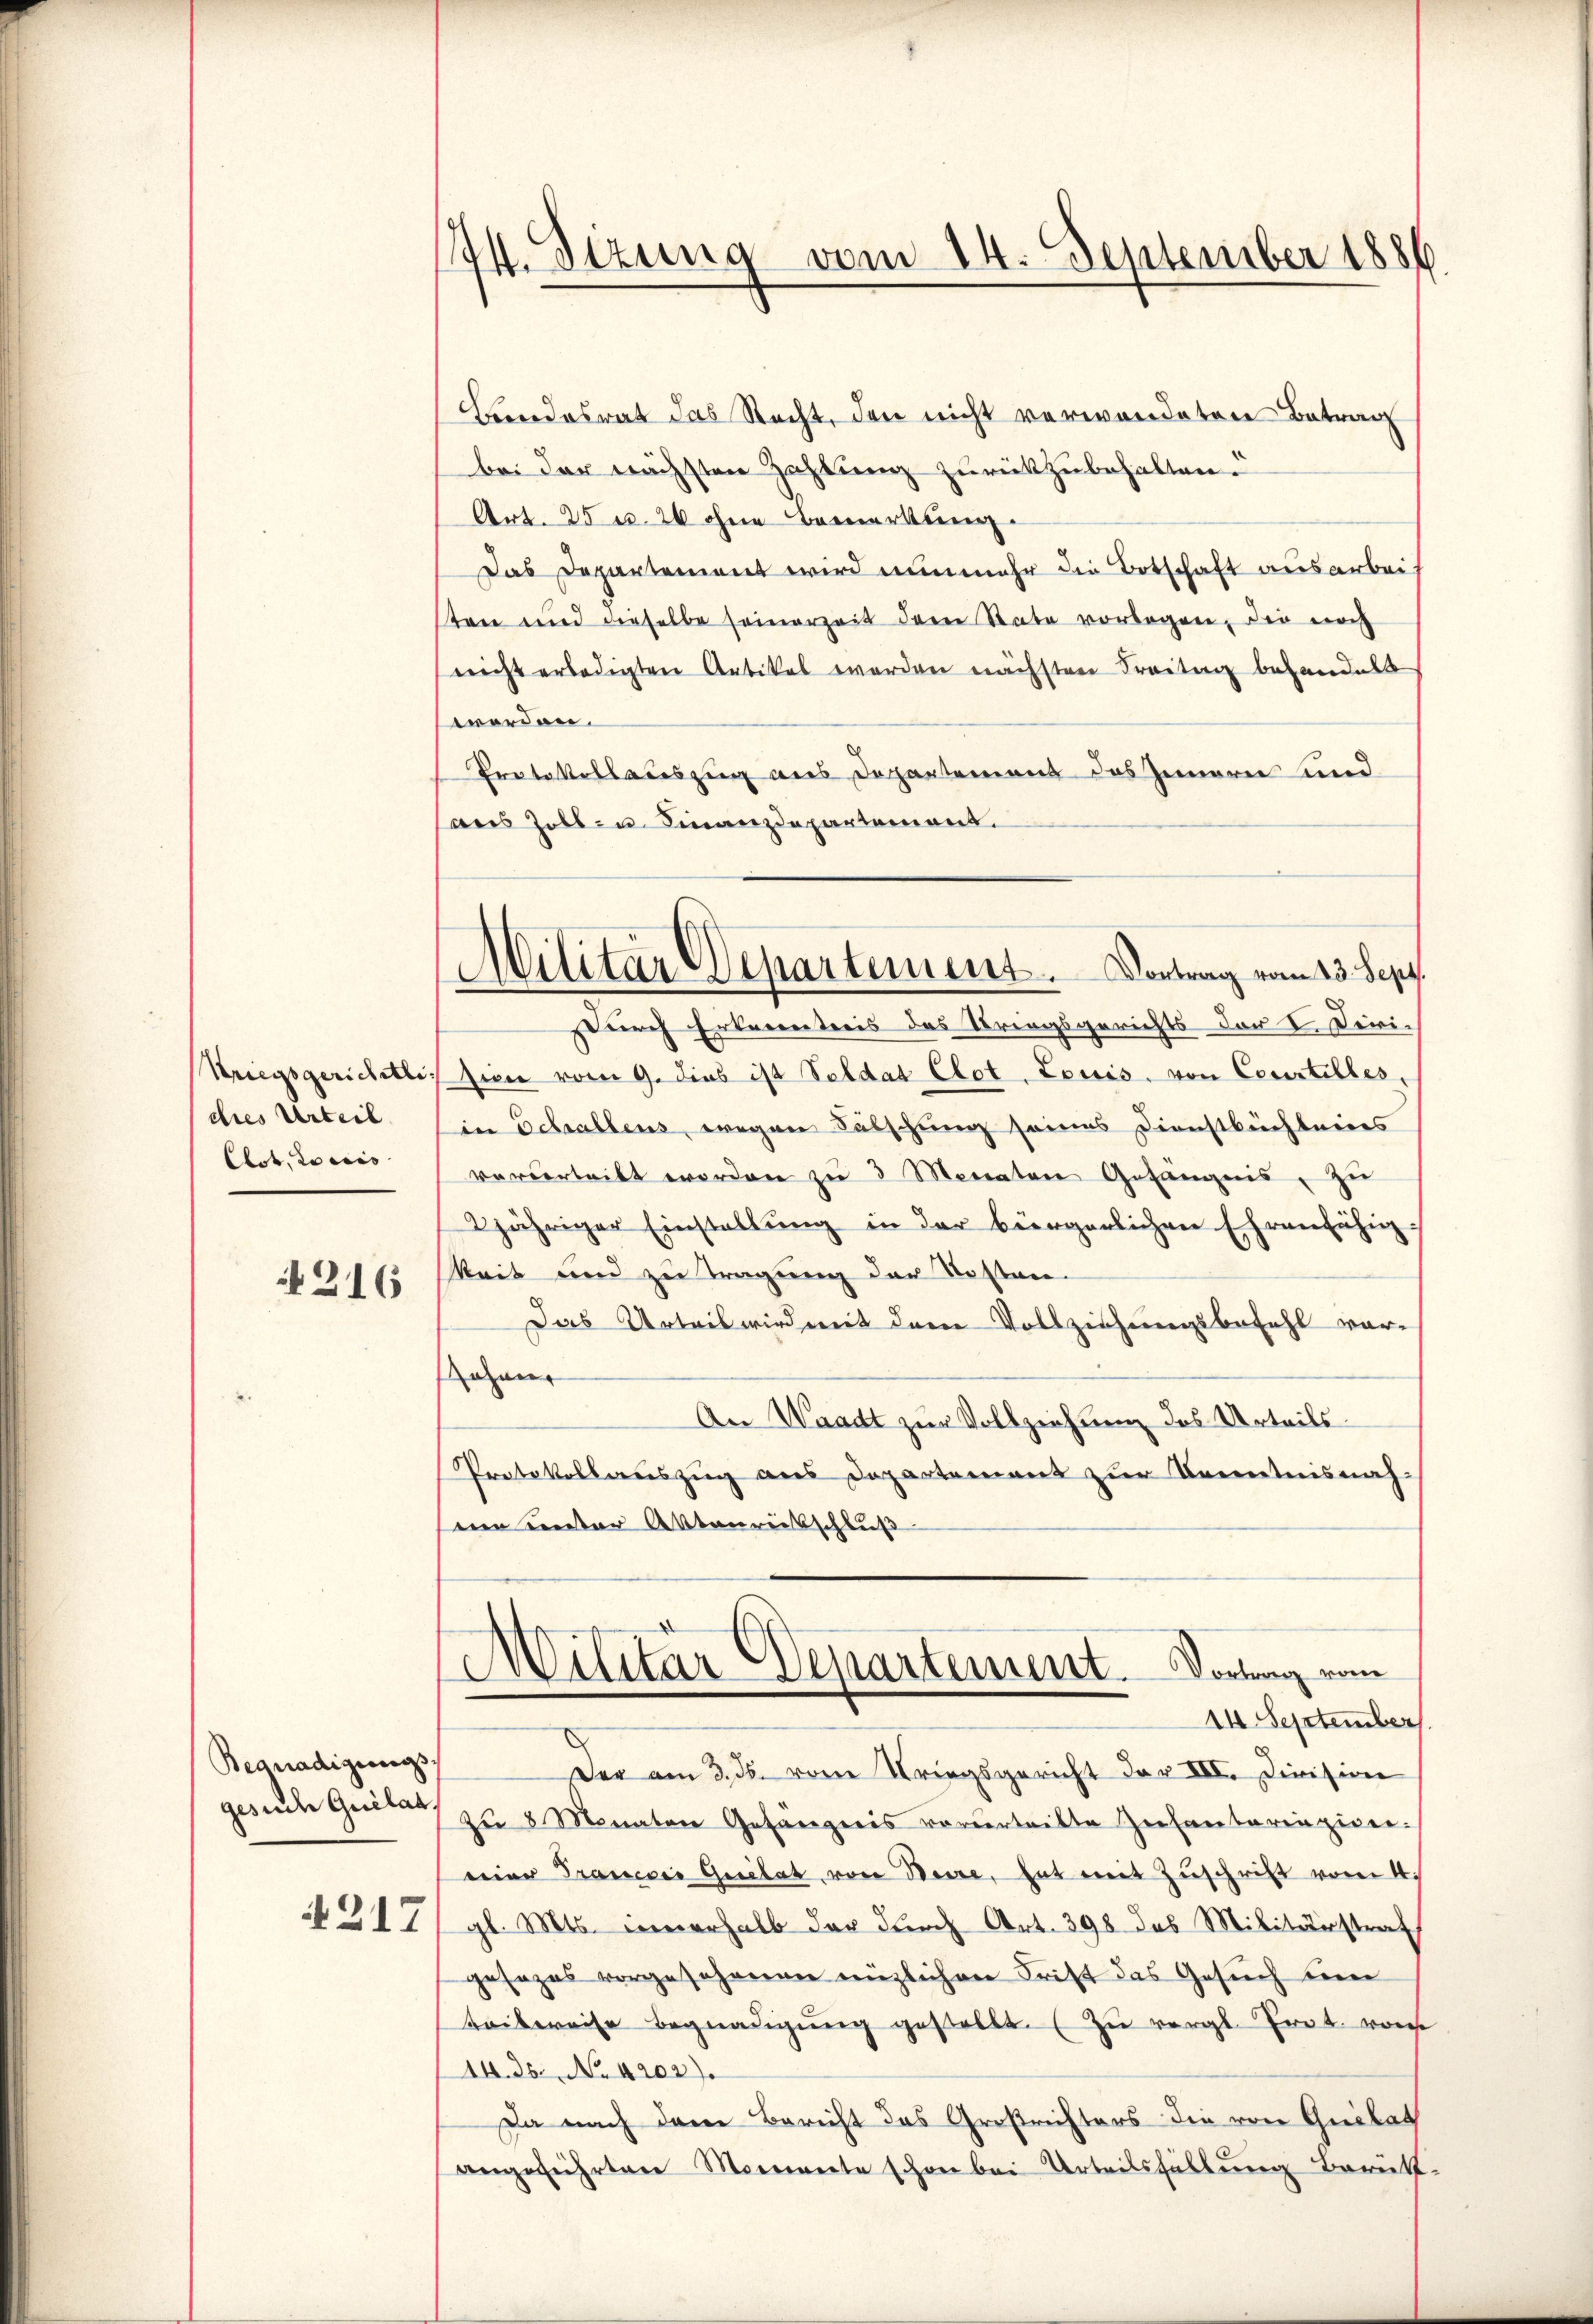
Kriegsgerichtli
dies Urteil
Clot, Loccis
316

Begnadigungs.
gesuche Quilat,
217

44. Sizung vom 14. September 1886

Militär Departement. Vortrag vom 13. Sept.

Beendesrat das Recht, den nicht verwendeten Betrag
bei der nächsten Zahlung zurückzubehalten.
Art. 25 u. 20 ohne Bemerkung.
Das Departement wird nunmehr die Botschaft ausarbeiten und dieselbe seinerzeit dem State vorlagen, die noch
nicht erledigten Artikel werden nächsten Freitag behandelt
worden.
Protokollauszug aus Departement des Innern und
aus Zoll- u Finanzdepartement.
Durch Erkenntnis des Kriegsgerichts der I. Dirision vom 9. dies ist Soldat Clet. Louis von Courtilles,
in Schallens, wegen Fälschung seines Dienstbüchleines
vorderteilt worden zu 3 Monaten Gefängnis, zu
2jähriger Einstallŭng in der bürgerlichen Ehrenfähig-
keit und zu tragung der Restan-
Das Urteil wird mit dem Vollziehungsbefehl vorohan
An Waadt zur Vollziehung des Urteils¬
Protokollauszug aus Departement zur Kenntnisnah
een unter Aktenreisschluß
.
MMilitar Departement. Vortrag vom
14 September
Der am 3. ds. vom Kriegsgericht der VII. Division
zu 8 Monaten Gefängnis vorderteilte Zulantarinziger.
eier Trauerei Quilat von Beise, hat mit Zuschrift vom 4.
gl. Mts. innerhalb der durch Art. 398 das Militärstraf
gesezes vorgesehenen müzlichen Frist das Gesuch sein
Leibweise Begnadigŭng gestellt. (Zu vergl. Ernt. vonse
14. 25. No 4202).
Da nach dene Bericht das Großrichters die von Guilat
angeführten Momente schon bei Urteilsfällung Berükt